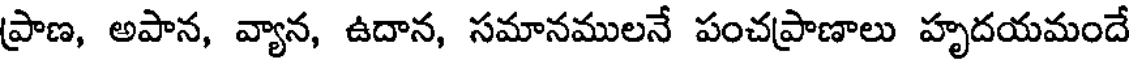
ప్రాణ, అపాన, వ్యాన, ఉదాన, సమానములనే పంచప్రాణాలు హృదయమందే